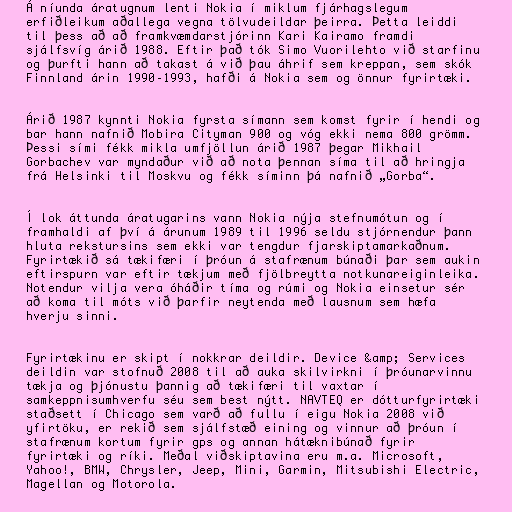
Á níunda áratugnum lenti Nokia í miklum fjárhagslegum
erfiðleikum aðallega vegna tölvudeildar þeirra. Þetta leiddi
til þess að að framkvæmdarstjórinn Kari Kairamo framdi
sjálfsvíg árið 1988. Eftir það tók Simo Vuorilehto við starfinu
og þurfti hann að takast á við þau áhrif sem kreppan, sem skók
Finnland árin 1990–1993, hafði á Nokia sem og önnur fyrirtæki.

Árið 1987 kynnti Nokia fyrsta símann sem komst fyrir í hendi og
bar hann nafnið Mobira Cityman 900 og vóg ekki nema 800 grömm.
Þessi sími fékk mikla umfjöllun árið 1987 þegar Mikhail
Gorbachev var myndaður við að nota þennan síma til að hringja
frá Helsinki til Moskvu og fékk síminn þá nafnið „Gorba“.

Í lok áttunda áratugarins vann Nokia nýja stefnumótun og í
framhaldi af því á árunum 1989 til 1996 seldu stjórnendur þann
hluta rekstursins sem ekki var tengdur fjarskiptamarkaðnum.
Fyrirtækið sá tækifæri í þróun á stafrænum búnaði þar sem aukin
eftirspurn var eftir tækjum með fjölbreytta notkunareiginleika.
Notendur vilja vera óháðir tíma og rúmi og Nokia einsetur sér
að koma til móts við þarfir neytenda með lausnum sem hæfa
hverju sinni.

Fyrirtækinu er skipt í nokkrar deildir. Device &amp; Services
deildin var stofnuð 2008 til að auka skilvirkni í þróunarvinnu
tækja og þjónustu þannig að tækifæri til vaxtar í
samkeppnisumhverfu séu sem best nýtt. NAVTEQ er dótturfyrirtæki
staðsett í Chicago sem varð að fullu í eigu Nokia 2008 við
yfirtöku, er rekið sem sjálfstæð eining og vinnur að þróun í
stafrænum kortum fyrir gps og annan hátæknibúnað fyrir
fyrirtæki og ríki. Meðal viðskiptavina eru m.a. Microsoft,
Yahoo!, BMW, Chrysler, Jeep, Mini, Garmin, Mitsubishi Electric,
Magellan og Motorola.